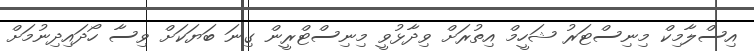
އިސްލާމިކް މިނިސްޓަރު ޝަހީމް އިތުރަށް ވިދާޅުވީ މިނިސްޓްރީން ގިނަ ބަޔަކަށް ވިސާ ހޯދައިދިނުމަށް